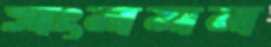
সংনমন